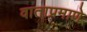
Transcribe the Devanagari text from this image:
वाताप्रमाणे